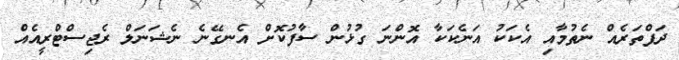
ދަފްތަރެއް ނެތުމާއި އެކަކު އަނެކަކާ އޮންނަ ގުޅުން ސާފުކޮށް އެނގޭނެ ނެޝަނަލް ރެޖިސްޓްރީއެއް